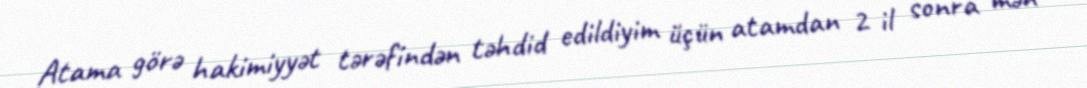
Atama görə hakimiyyət tərəfindən təhdid edildiyim üçün atamdan 2 il sonra mən